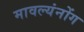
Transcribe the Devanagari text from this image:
मावल्यंनोंग